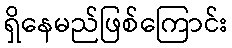
ရှိနေမည်ဖြစ်ကြောင်း